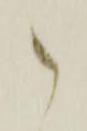
御